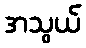
အသွယ်